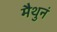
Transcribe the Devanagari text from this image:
मैथुनं